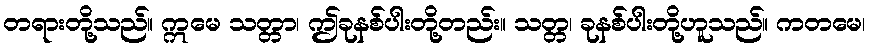
တရားတို့သည်။ ဣမေ သတ္တာ၊ ဤခုနစ်ပါးတို့တည်း။ သတ္တ၊ ခုနစ်ပါးတို့ဟူသည်။ ကတမေ၊